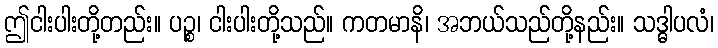
ဤငါးပါးတို့တည်း။ ပဉ္စ၊ ငါးပါးတို့သည်။ ကတမာနိ၊ အဘယ်သည်တို့နည်း။ သဒ္ဓါပလံ၊